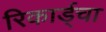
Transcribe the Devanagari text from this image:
रिकार्ड्चा